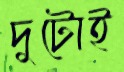
দুটোই